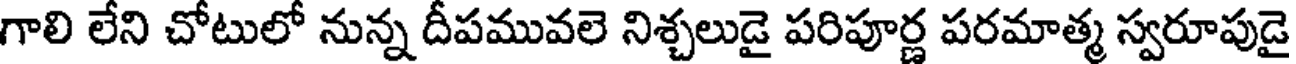
గాలి లేని చోటులో నున్న దీపమువలె నిశ్చలుడై పరిపూర్ణ పరమాత్మ స్వరూపుడై